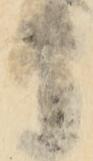
日